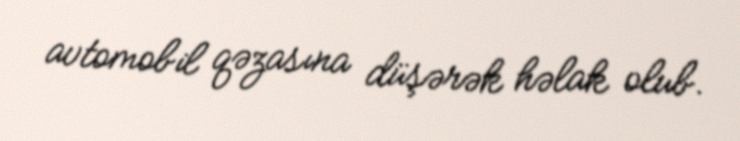
avtomobil qəzasına düşərək həlak olub.